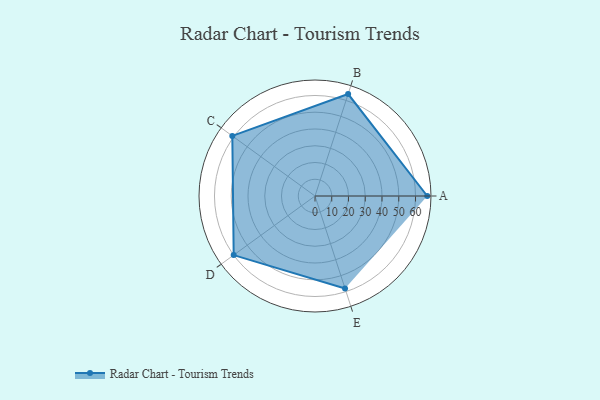
{"axis": {"x": "Skill", "y": "Score"}, "legend": ["Profile"], "data": [{"x": "A", "y": 67.0, "type": "Profile"}, {"x": "B", "y": 64.0, "type": "Profile"}, {"x": "C", "y": 61.0, "type": "Profile"}, {"x": "D", "y": 60.0, "type": "Profile"}, {"x": "E", "y": 58.0, "type": "Profile"}]}